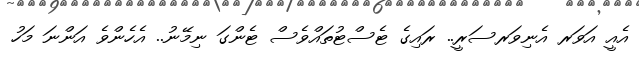
އެއީ އަވަރ އެނިވަރސަރީ.. ރައިގެ ޓެސްޓުތައްވެސް ޓެންގަ ނިމޭނު.. އެހެންވެ އަންނަ މަހު